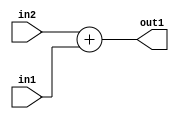
`timescale 1ps / 1ps
/*****************************************************************************
    Verilog RTL Description
    
    
    Created by: Stratus DpOpt 2019.1.01 
*******************************************************************************/

module st_weight_addr_gen_Add_32Ux32U_32U_4_7 (
	in2,
	in1,
	out1
	); /* architecture "behavioural" */ 
input [31:0] in2,
	in1;
output [31:0] out1;
wire [31:0] asc001;

assign asc001 = 
	+(in2)
	+(in1);

assign out1 = asc001;
endmodule

/* CADENCE  ubD2Sgw= : u9/ySgnWtBlWxVPRXgAZ4Og= ** DO NOT EDIT THIS LINE ******/